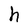
Character: h